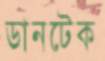
ডানটেক